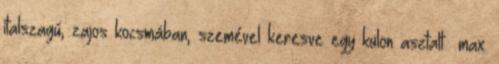
italszagú, zajos kocsmában, szemével keresve egy külön asztalt –max.